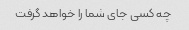
چه کسی جای شما را خواهد گرفت